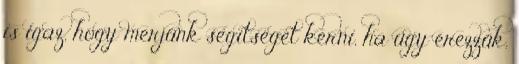
is igaz, hogy merjünk segítséget kérni, ha úgy érezzük,